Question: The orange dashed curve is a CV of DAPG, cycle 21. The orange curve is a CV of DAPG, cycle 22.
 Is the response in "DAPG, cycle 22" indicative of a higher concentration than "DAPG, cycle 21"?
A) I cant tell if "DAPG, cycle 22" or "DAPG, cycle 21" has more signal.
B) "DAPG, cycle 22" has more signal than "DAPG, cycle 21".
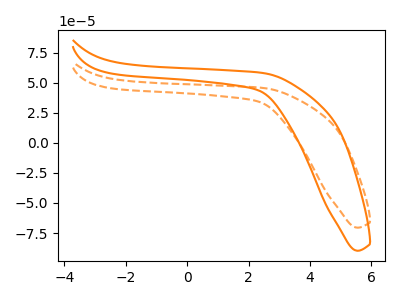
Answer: <think>The orange dashed curve "DAPG, cycle 21" has no peaks. The orange curve "DAPG, cycle 22" has no peaks.
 Neither "DAPG, cycle 22" or "DAPG, cycle 21" have any peaks.</think>
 <answer>A) I cant tell if "DAPG, cycle 22" or "DAPG, cycle 21" has more signal.</answer>
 <eval>A</eval>